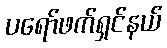
ပရော်ဖက်ရှင်နယ်